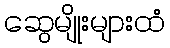
ဆွေမျိုးများထံ